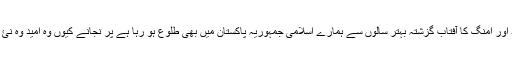
یہ جملہ اس وقت لکھتے ہوئے میں کشمکش کا شکار ہوں کہ یہ امید اور امنگ کا آفتاب گزشتہ بہتر سالوں سے ہمارے اسلامی جمہوریہ پاکستان میں بھی طلوع ہو رہا ہے پر نجانے کیوں وہ امید وہ نئ روشنی وہ امنگ پاکستانی قوم کے لیے صبح روشن نہیں ثابت ہوئ؟